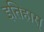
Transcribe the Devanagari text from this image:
इतिहास्